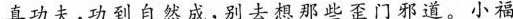
真功夫，功到自然成，别去想那些歪门邪道。小福